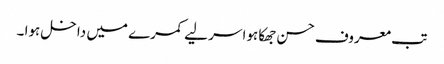
تب معروف حسن جھکا ہوا سر لیے کمرے میں داخل ہوا ۔